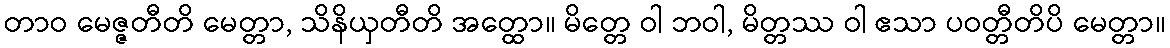
တာဝ မေဇ္ဇတီတိ မေတ္တာ, သိနိယှတီတိ အတ္ထော။ မိတ္တေ ဝါ ဘဝါ, မိတ္တဿ ဝါ ဧသာ ပဝတ္တီတိပိ မေတ္တာ။